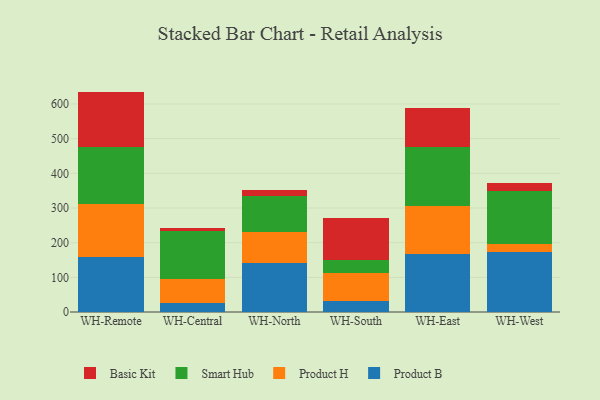
{"axis": {"x": "Warehouse", "y": "Bounce Rate (%)"}, "legend": ["Basic Kit", "Product B", "Product H", "Smart Hub"], "data": [{"x": "WH-Remote", "y": 158.5, "type": "Product B"}, {"x": "WH-Remote", "y": 153.1, "type": "Product H"}, {"x": "WH-Remote", "y": 164.0, "type": "Smart Hub"}, {"x": "WH-Remote", "y": 160.1, "type": "Basic Kit"}, {"x": "WH-Central", "y": 25.6, "type": "Product B"}, {"x": "WH-Central", "y": 69.0, "type": "Product H"}, {"x": "WH-Central", "y": 138.1, "type": "Smart Hub"}, {"x": "WH-Central", "y": 8.9, "type": "Basic Kit"}, {"x": "WH-North", "y": 141.7, "type": "Product B"}, {"x": "WH-North", "y": 87.7, "type": "Product H"}, {"x": "WH-North", "y": 106.1, "type": "Smart Hub"}, {"x": "WH-North", "y": 17.0, "type": "Basic Kit"}, {"x": "WH-South", "y": 32.1, "type": "Product B"}, {"x": "WH-South", "y": 79.0, "type": "Product H"}, {"x": "WH-South", "y": 39.8, "type": "Smart Hub"}, {"x": "WH-South", "y": 119.1, "type": "Basic Kit"}, {"x": "WH-East", "y": 168.0, "type": "Product B"}, {"x": "WH-East", "y": 138.3, "type": "Product H"}, {"x": "WH-East", "y": 168.5, "type": "Smart Hub"}, {"x": "WH-East", "y": 112.2, "type": "Basic Kit"}, {"x": "WH-West", "y": 174.5, "type": "Product B"}, {"x": "WH-West", "y": 21.6, "type": "Product H"}, {"x": "WH-West", "y": 154.3, "type": "Smart Hub"}, {"x": "WH-West", "y": 22.2, "type": "Basic Kit"}]}